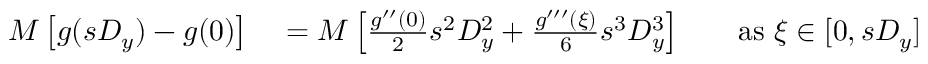
\begin{array} { r l r l } { M \left[ g ( s D _ { y } ) - g ( 0 ) \right] } & { { } = M \left[ { \frac { g ^ { \prime \prime } ( 0 ) } { 2 } } s ^ { 2 } D _ { y } ^ { 2 } + { \frac { g ^ { \prime \prime \prime } ( \xi ) } { 6 } } s ^ { 3 } D _ { y } ^ { 3 } \right] } & { } & { { } { \mathrm { a s ~ } } \xi \in [ 0 , s D _ { y } ] } \end{array}